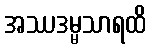
အဿဒမ္မသာရထိ